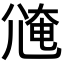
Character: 𡯸